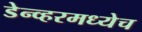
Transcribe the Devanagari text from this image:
डेन्व्हरमध्येच